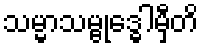
သမ္မာသမ္ဗုဒ္ဓေါမှီတိ